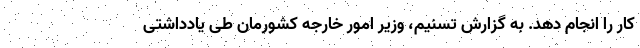
کار را انجام دهد. به گزارش تسنیم، وزیر امور خارجه کشورمان طی یادداشتی